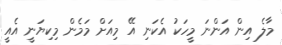
މާލެ އިން އަންނަ މީހަކު އެކަނި އޭ މިިއަށް މަމެން މިކިޔަނީ އެއީ